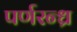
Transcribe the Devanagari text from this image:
पर्णरन्ध्र